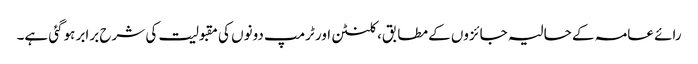
رائے عامہ کے حالیہ جائزوں کے مطابق، کلنٹن اور ٹرمپ دونوں کی مقبولیت کی شرح برابر ہوگئی ہے۔